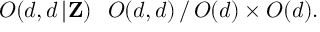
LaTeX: O ( d , d \, | { \bf Z } ) \setminus O ( d , d ) \, / \, O ( d ) \times O ( d ) .